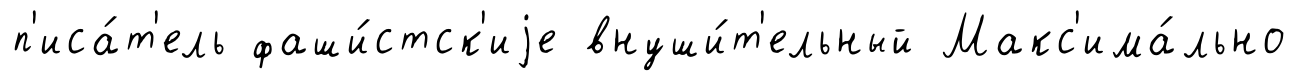
п'иса́т'ель фаши́стск'иjе внуши́т'ельный Макс'има́льно